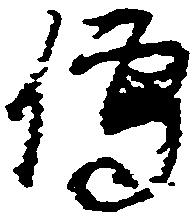
伝